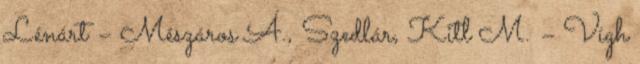
Lénárt – Mészáros Á., Szedlár, Kitl M. – Vígh